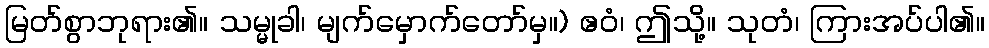
မြတ်စွာဘုရား၏။ သမ္မုခါ၊ မျက်မှောက်တော်မှ။) ဧဝံ၊ ဤသို့။ သုတံ၊ ကြားအပ်ပါ၏။